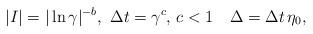
LaTeX: \begin{align*}|I|=|\ln\gamma|^{-b},\,\, \Delta t=\gamma^c, \, c<1 \quad\Delta=\Delta t\,\eta_{0},\end{align*}